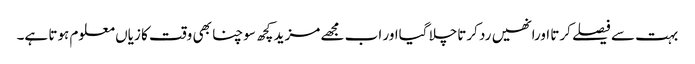
بہت سے فیصلے کرتا اورانھیں رد کرتاچلا گیااور اب مجھے مزید کچھ سوچنا بھی وقت کا زیاں معلوم ہوتا ہے۔